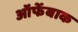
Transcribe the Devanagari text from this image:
ऑफेंबाक